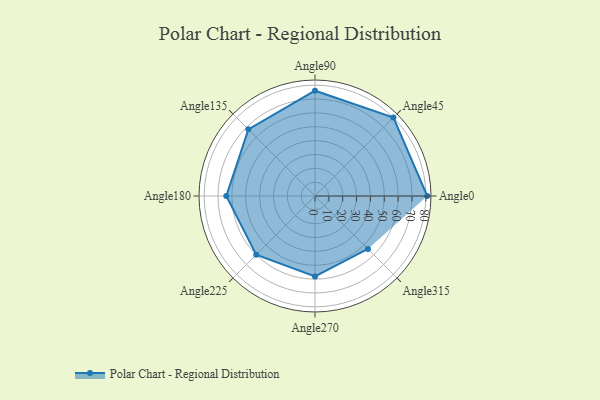
{"axis": {"x": "Angle", "y": "Radius"}, "legend": [""], "data": [{"x": "Angle0", "y": 81.0, "type": ""}, {"x": "Angle45", "y": 80.0, "type": ""}, {"x": "Angle90", "y": 76.0, "type": ""}, {"x": "Angle135", "y": 68.0, "type": ""}, {"x": "Angle180", "y": 64.0, "type": ""}, {"x": "Angle225", "y": 60.0, "type": ""}, {"x": "Angle270", "y": 58.0, "type": ""}, {"x": "Angle315", "y": 54.0, "type": ""}]}